Virumaa_algkoolid, lk 16
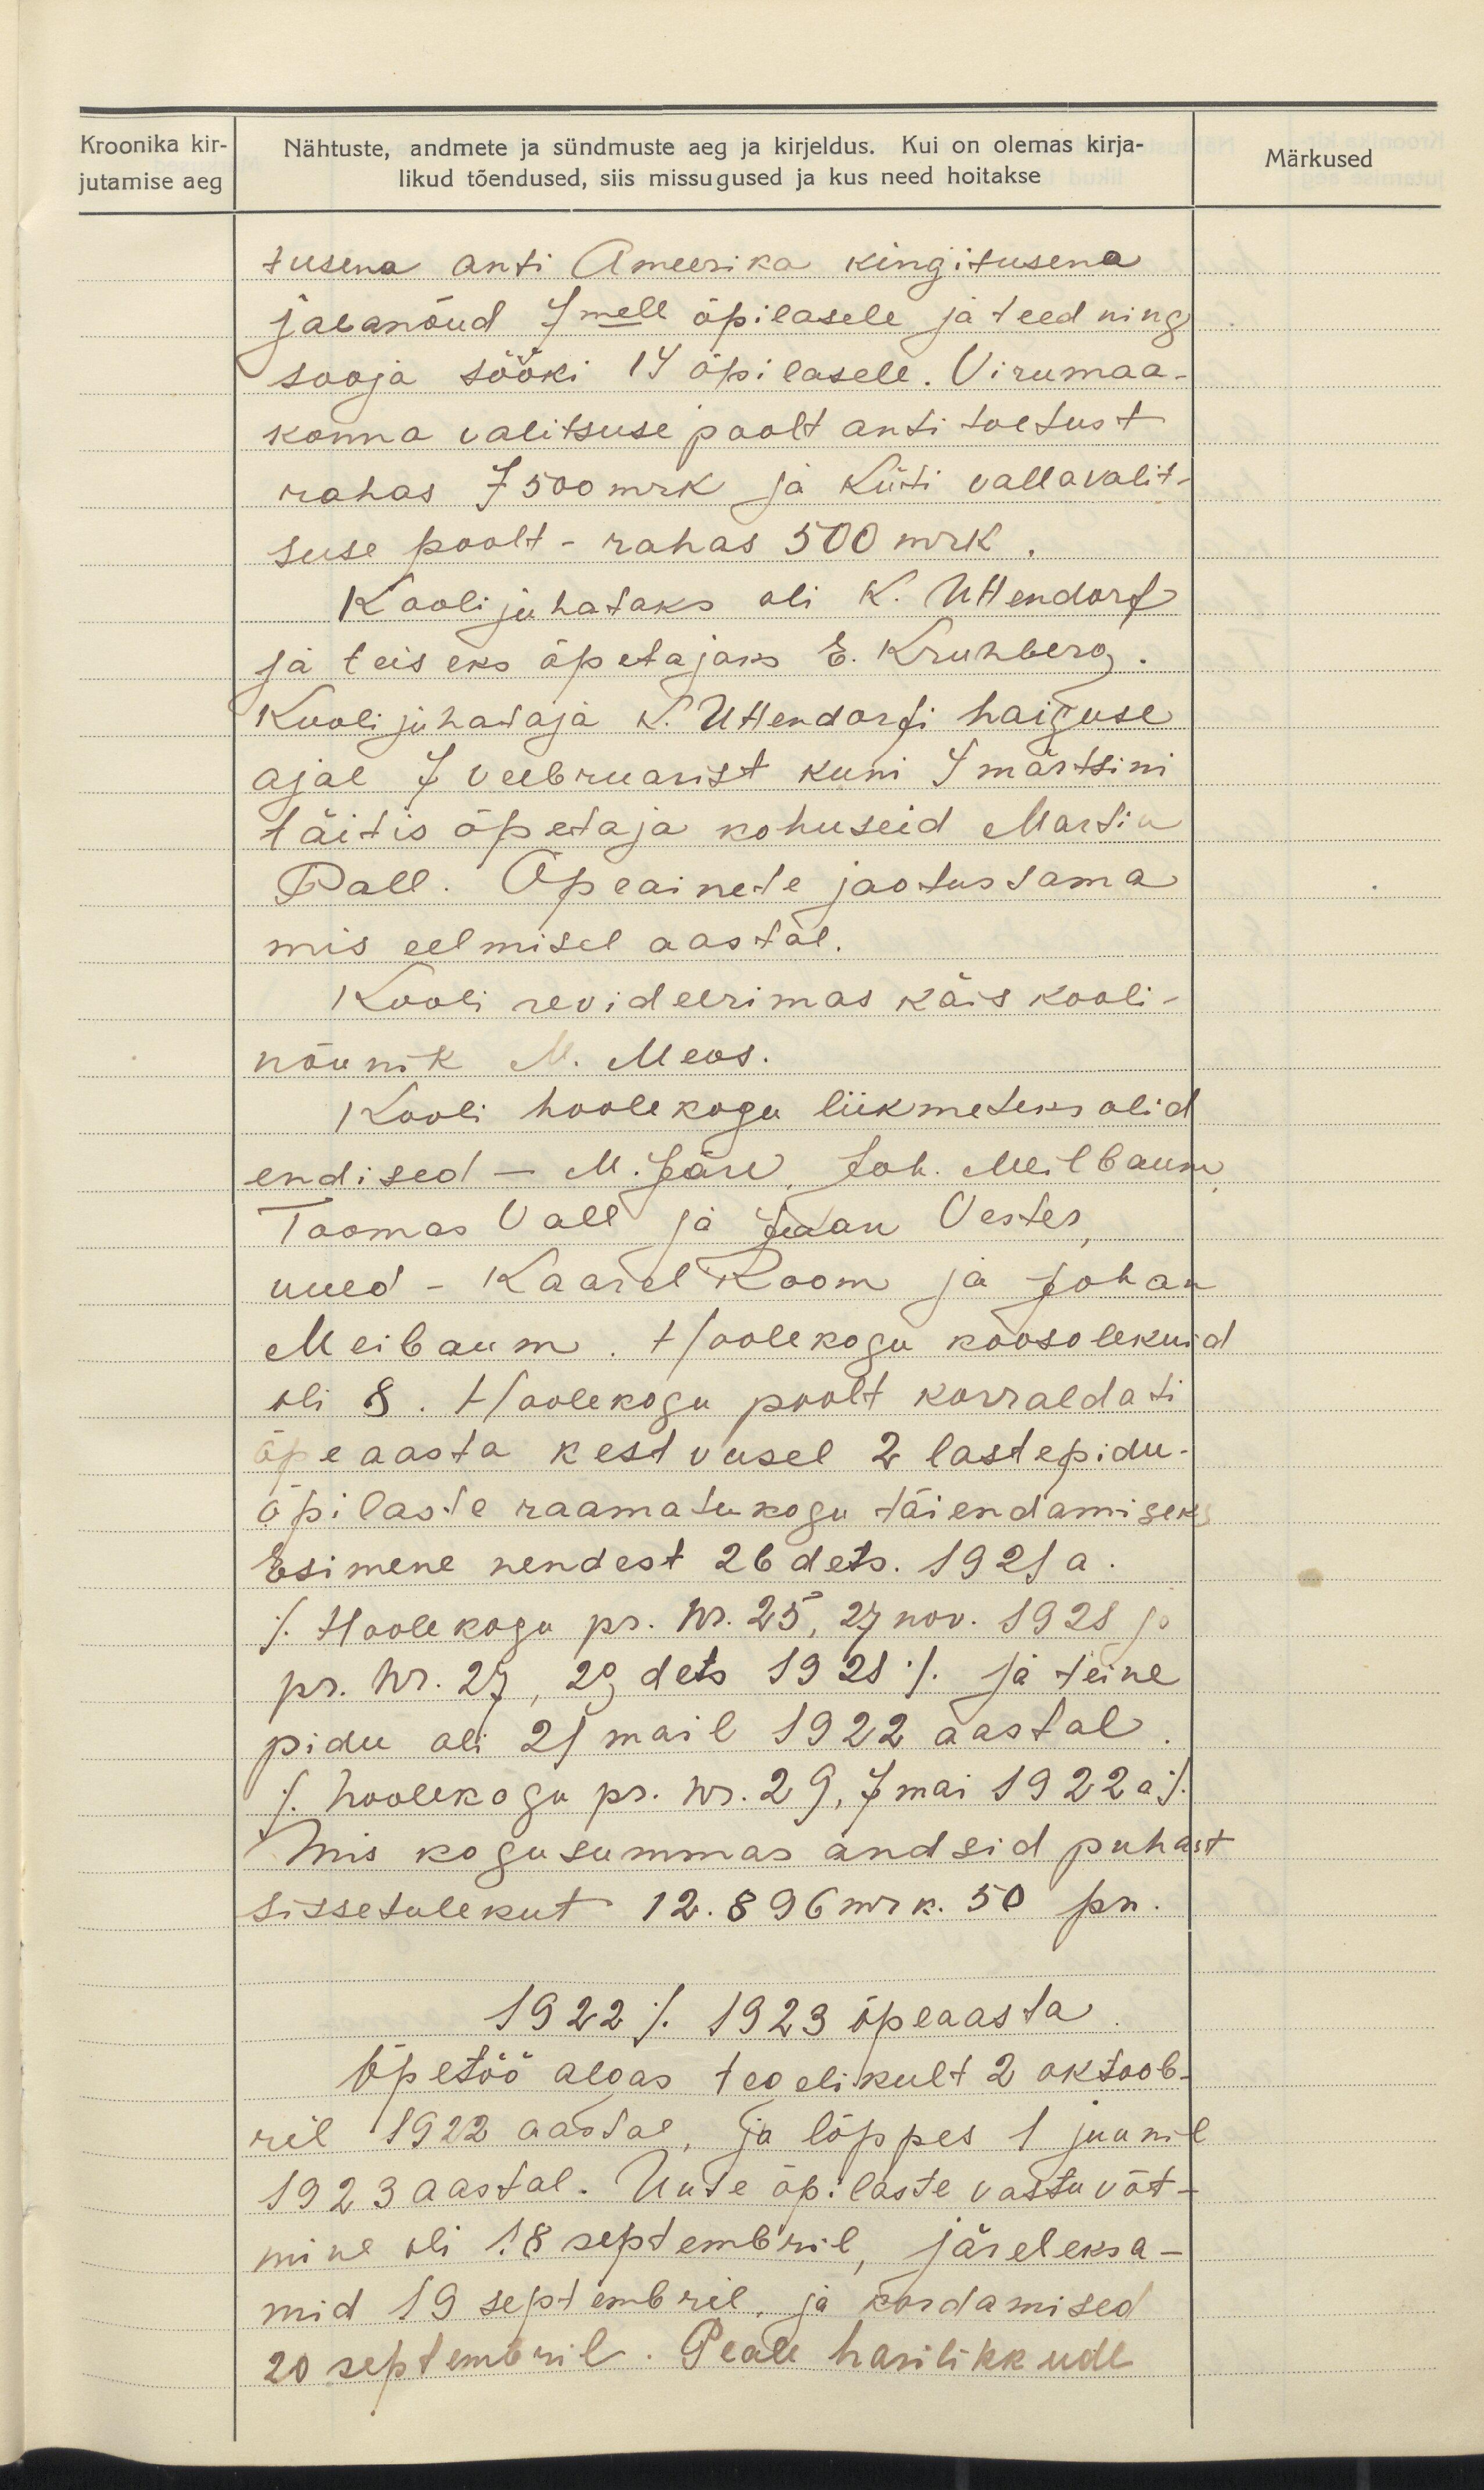
Kroonika kir-
jutamise aeg

Nähtuste, andmete ja sündmuste aeg ja kirjeldus. Kui on olemas kirja-
likud tõendused, siis missugused ja kus need hoitakse

Märkused

tusena anti Ameerika kingitusena
jalanõud 7mele õpilasele ja teed ning
sooja sööki 14 õpilasele. Viru maa-
konna valitsuse poolt anti toetust
rahas 7 500 mrk ja Küti vallavalit-
suse poolt - rahas 500 mrk.
Kooli juhataks oli K. Uttendorf
ja teiseks õpetajaks E. Kruhberg.
Kooli juhataja K. Uttendorfi haiguse
ajal 7 veebruarist kuni 4 märtsini
täitis õpetaja kohuseid Martin
Pall. Õpeainete jaotus sama
mis eelmisel aastal.
Kooli revideerimas käis kooli-
nõunik M. Meos.
Kooli hoolekogu liikmeteks olid.
endised - M. Järv. Joh. Meilbaum
Toomas Vall ja Jaan Vestes
uued - Kaarel Room ja Johan
Meibaum. Hoolekogu koosolekuid
oli 8. Hoolekogu poolt korraldati
õpeaasta kestvusel 2 lastepidu.
õpilaste raamatukogu täiendamiseks
Esimene nendest 26 dets. 1921 a.
/Hoolekogu pr. W. 25, 27 nov. 1928 ja
pr. nr. 25, 29, dets 1921/ ja teine
pidu oli 21 mail 1922 aastal.
/hoolekogu pr. nr. 29, 7mai 1922 a/
Mis kogusummas andsid puhast
sissetulekut 12.896 mrk. 50 pn.
1922/1923 õpeaasta
Õpetöö algas tegelikult 2 oktoob-
ril 1922 aastal, ja lõppes 1 juunil
1923 aastal. Uute õpilaste vastu võt-
mine oli 18 septembril, järeleksa-
mid 19 septembril ja kordamised
20 septembril. Peale harilikkude